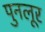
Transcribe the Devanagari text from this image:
पुनलूर